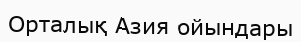
Орталық Азия ойындары